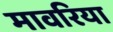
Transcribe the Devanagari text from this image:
मावरिया